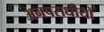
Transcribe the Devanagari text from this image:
अनपराधीयों